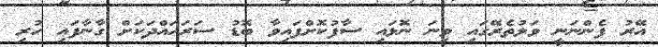
އޭރު ފެންނަނީ ވަލުތެރޭގައި ވިނަ ނޮޅައި ސާފުކޮށްފައިވާ ބޮޑު ސަރަހައްދަކަށް ގާނާފައި ހުރި